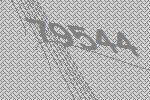
79544